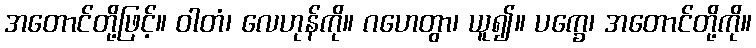
အတောင်တို့ဖြင့်။ ဝါတံ၊ လေဟုန်ကို။ ဂဟေတွာ၊ ယူ၍။ ပက္ခေ၊ အတောင်တို့ကို။